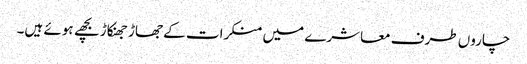
چاروں طرف معاشرے میں منکرات کے جھاڑ جھنکاڑ بچھے ہوئے ہیں۔